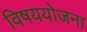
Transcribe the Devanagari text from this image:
विषययोजना